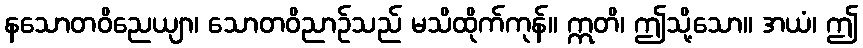
နသောတဝိညေယျာ၊ သောတဝိညာဉ်သည် မသိထိုက်ကုန်။ ဣတိ၊ ဤသို့သော။ အယံ၊ ဤ